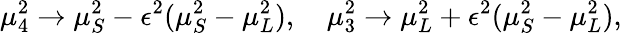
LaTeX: \mu_{4}^{2}\rightarrow\mu_{S}^{2}-\epsilon^{2}(\mu_{S}^{2}-\mu_{L}^{2}),\quad\mu_{3}^{2}\rightarrow\mu_{L}^{2}+\epsilon^{2}(\mu_{S}^{2}-\mu_{L}^{2}),